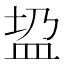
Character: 𱲎